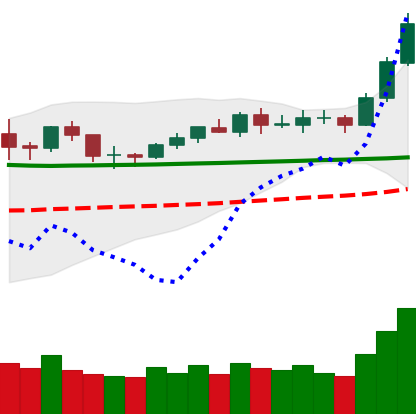
Ticker: BNB-USD
Chart end date: 2020-02-07
Forward return: 19.964%
Label: up_7plus